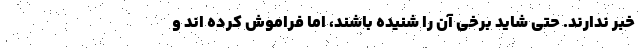
خبر ندارند. حتی شاید برخی آن را شنیده باشند، اما فراموش کرده اند و